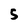
Character: 5